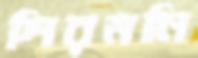
শিরমনি